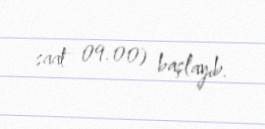
saat 09.00) başlayıb.